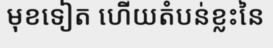
មុខទៀត ហើយតំបន់ខ្លះនៃ